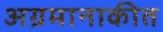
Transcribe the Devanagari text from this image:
अग्रमानाकीत